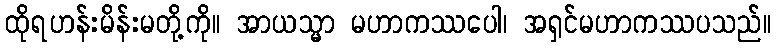
ထိုရဟန်းမိန်းမတို့ကို။ အာယသ္မာ မဟာကဿပေါ၊ အရှင်မဟာကဿပသည်။